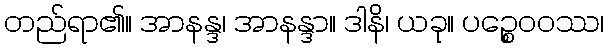
တည်ရာ၏။ အာနန္ဒ၊ အာနန္ဒာ။ ဒါနိ၊ ယခု။ ပဉ္စေဝဝဿ၊